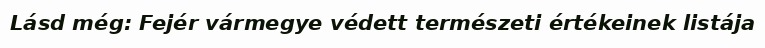
Lásd még: Fejér vármegye védett természeti értékeinek listája